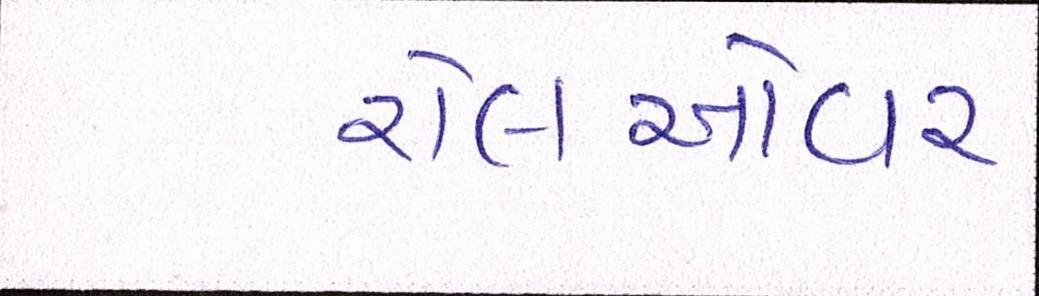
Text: રોલઓવર